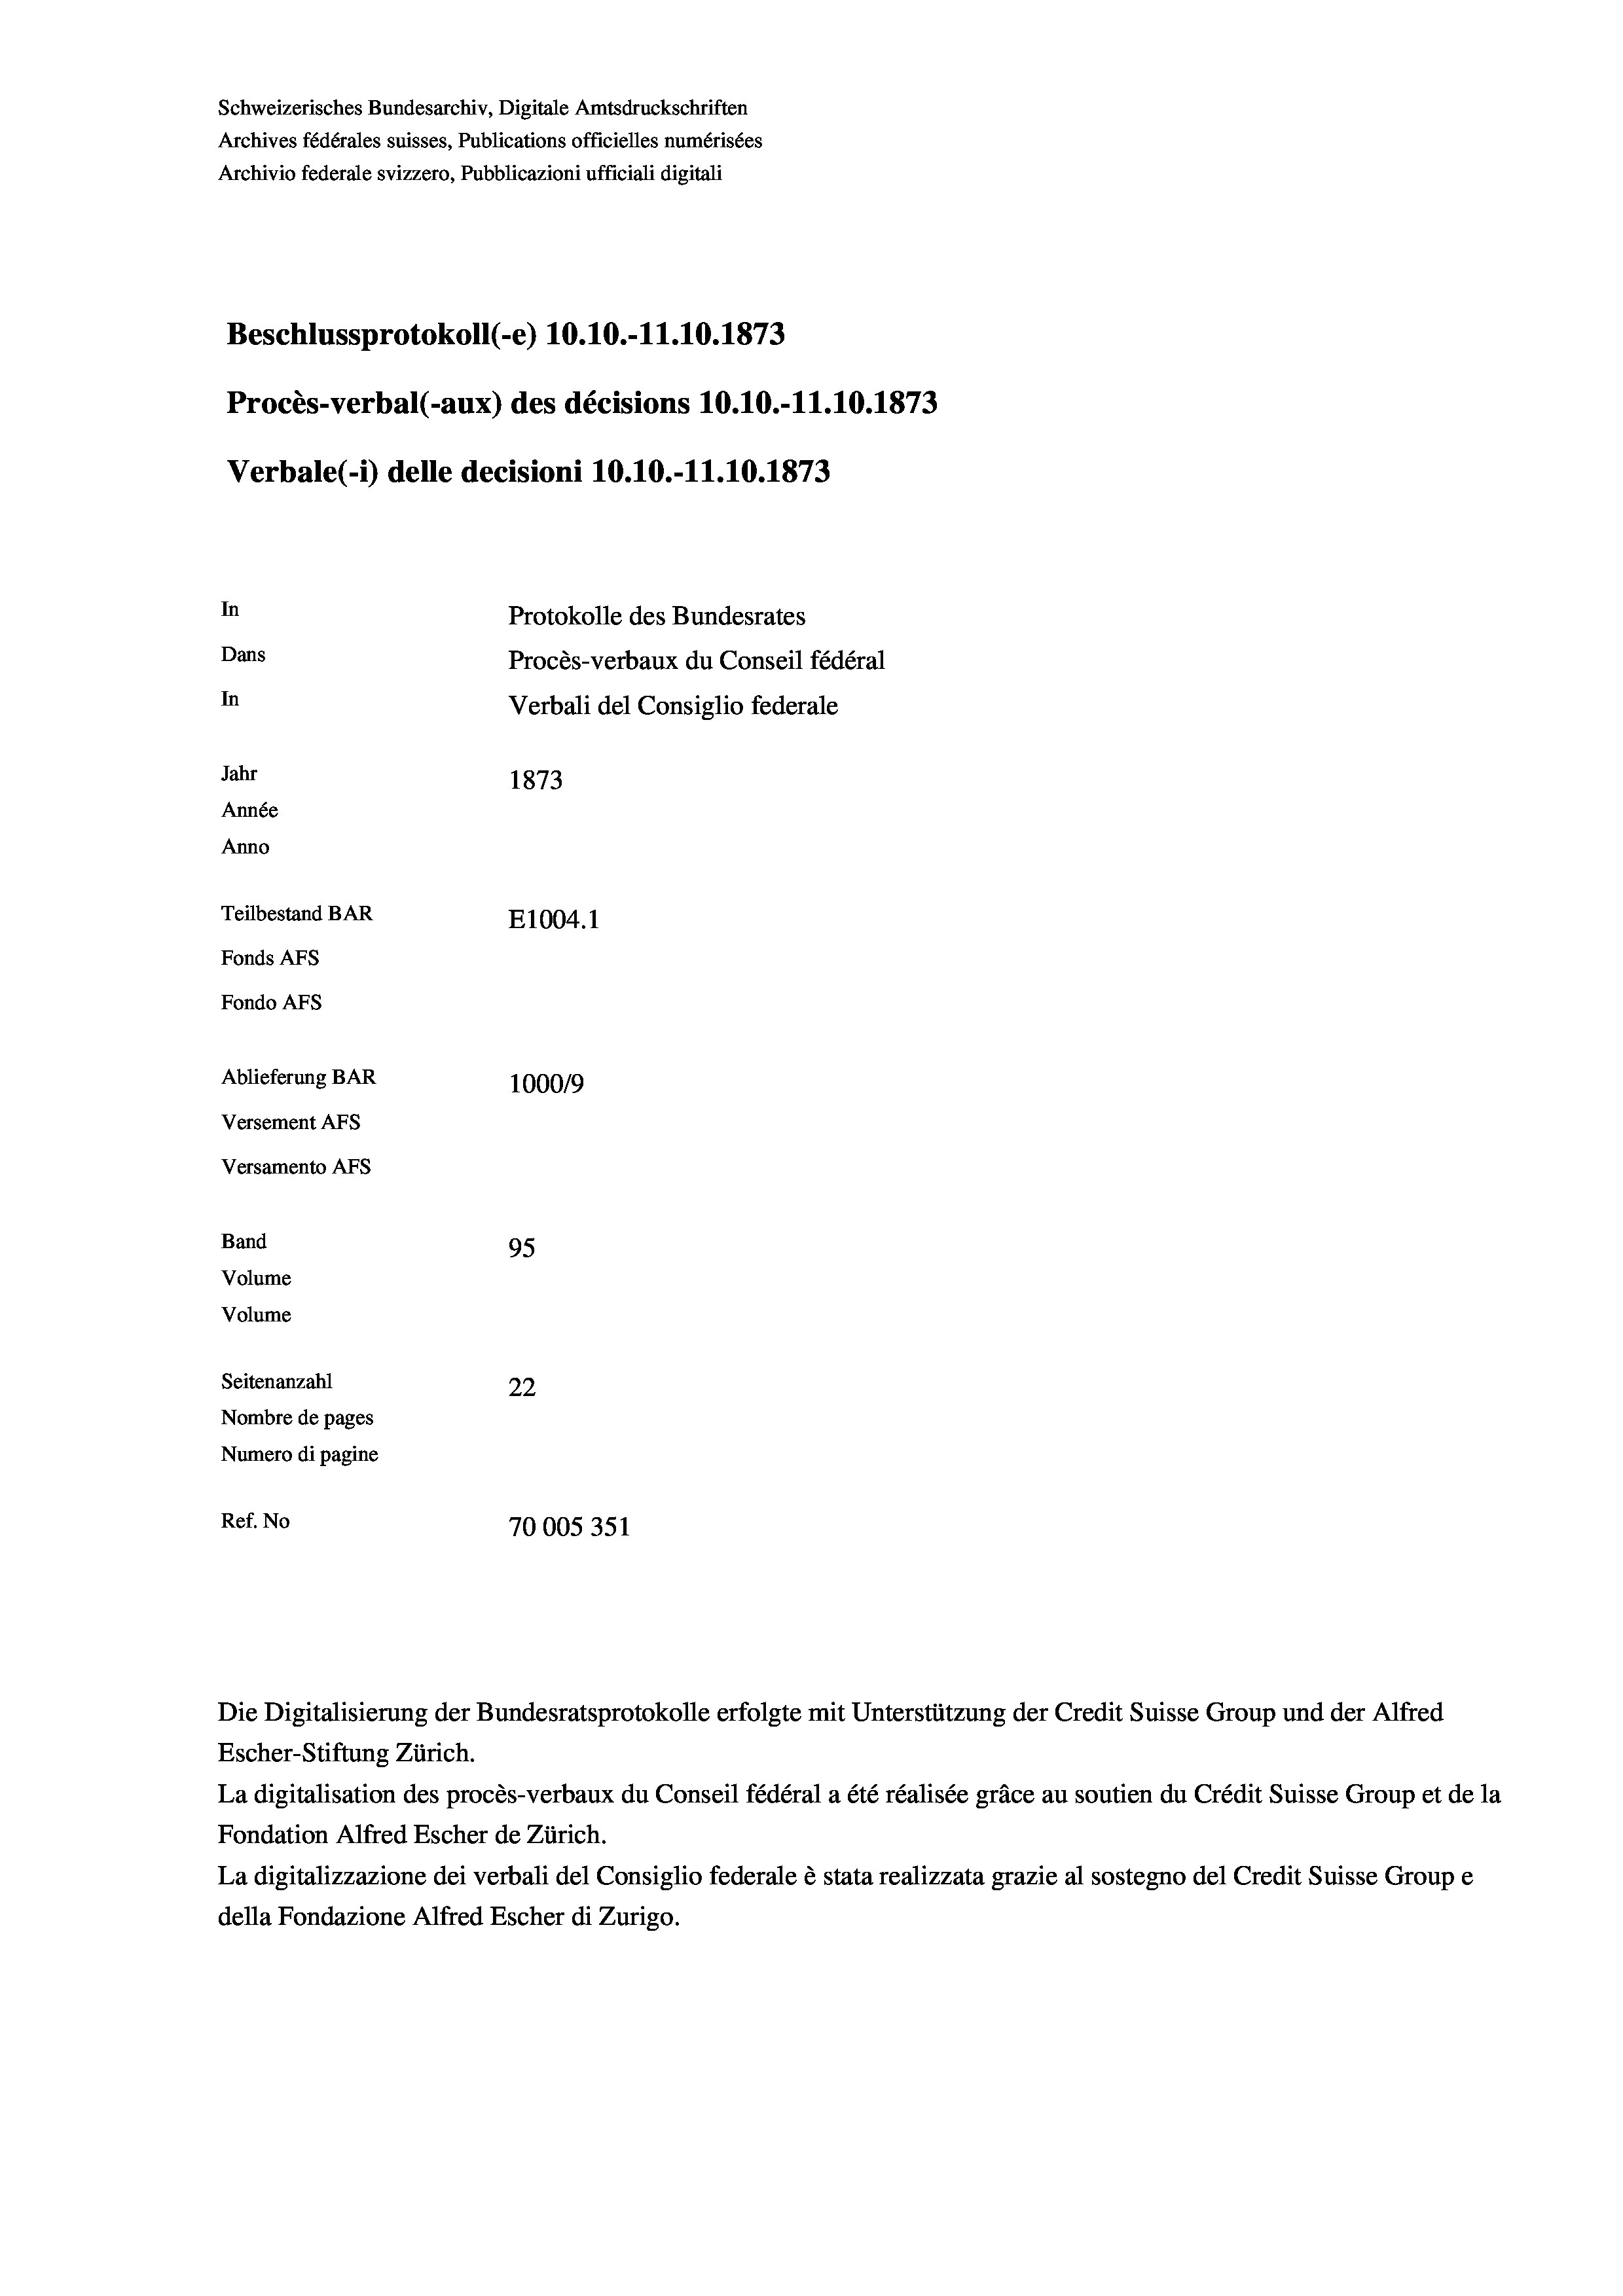
Schweizerisches Bundesarchiv, Digitale Amtsdruckschriften
Archives fédérales suisses, Publications officielles numérisées
Archivio federale svizzero, Pubblicazioni ufficiali digitali
Beschlussprotokoll (-e) 10.10.-11.10.1873
Procès-verbal (-aux) des décisions 10.10.-11.10.1873
Verbale(-*) delle decisioni 10.10.-11.10.1873
In
Protokolle des Bundesrates
Dans
Procès-verbaux du Conseil fédéral
In
Verbali del Consiglio federale
Jahr
1873
Année
Anno
Teilbestand BAR
E1004. 1
Fonds AFs
Fondo AFs
Ablieferung BAR
100019
Versement AFs
Versamento AFs

95
Volume
¬
Seitenanzahl
22
Nombre de pages
Numero di pagine
Ref. No
70005351

Band
Volume

Escher-Stiftung Zürich.
La digitalisation des procès-verbaux du Conseil fédéral a été réalisée gräce au soutien du Crédit Suisse Group et de la
Fondation Alfred Escher de Zürich.
La digitalizzazione dei verbali del Consiglio federale è stata realizzata grazie al sostegno del Credit Suisse Groupe
della Fondazione Alfred Escher di Zurigo.

Die Digitalisierung der Bundesratsprotokolle erfolgte mit Unterstützung der Credit Suisse Group und der Alfred